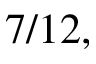
7 / 1 2 ,